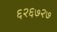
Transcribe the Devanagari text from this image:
६२६७२७